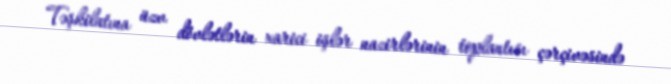
Təşkilatına üzv dövlətlərin xarici işlər nazirlərinin toplantısı çərçivəsində